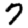
Digit: 7